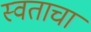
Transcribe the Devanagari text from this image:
स्वताचा